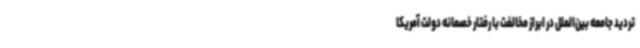
تردید جامعه بین‌الملل در ابراز مخالفت با رفتار خصمانه دولت آمریکا